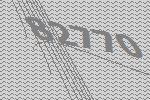
82770